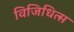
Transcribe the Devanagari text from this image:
विजिधित्स